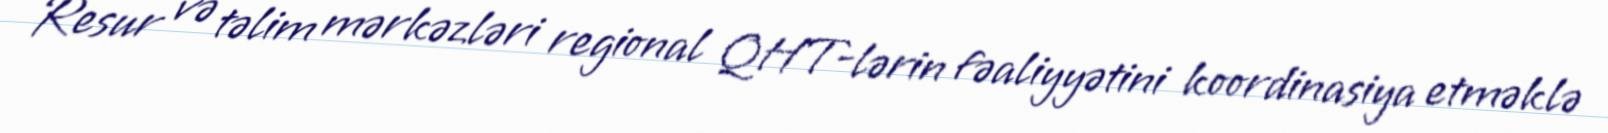
Resur və təlim mərkəzləri regional QHT-lərin fəaliyyətini koordinasiya etməklə